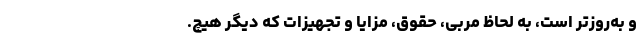
و به‌روزتر است، به ‌لحاظ مربی، حقوق، مزایا و تجهیزات که دیگر هیچ.